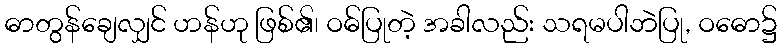
ဓာတွန်ချေလျှင် ဟန်ဟု ဖြစ်၏၊ ဝဓ်ပြုတဲ့ အခါလည်း သရမပါဘဲပြု, ဝဓော၌